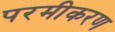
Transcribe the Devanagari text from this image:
परमीकरण